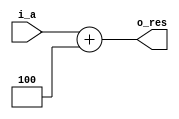
`timescale 1ns / 1ps
//////////////////////////////////////////////////////////////////////////////////
// Company: 
// Engineer: 
// 
// Design Name: 
// Module Name:    Adder_Base 
// Project Name: 
// Target Devices: 
// Tool versions: 
// Description: 
//
// Dependencies: 
//
// Revision: 
// Revision 0.01 - File Created
// Additional Comments: 
//
//////////////////////////////////////////////////////////////////////////////////
module Adder_Base(
    input [63:0] i_a,
    output reg [63:0] o_res = 0
    );
    always@(*)begin
        o_res <= i_a + 4;
    end
		


endmodule